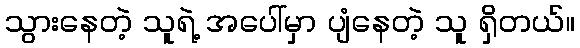
သွားနေတဲ့ သူရဲ့ အပေါ်မှာ ပျံနေတဲ့ သူ ရှိတယ်။